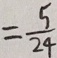
= \frac { 5 } { 2 4 }